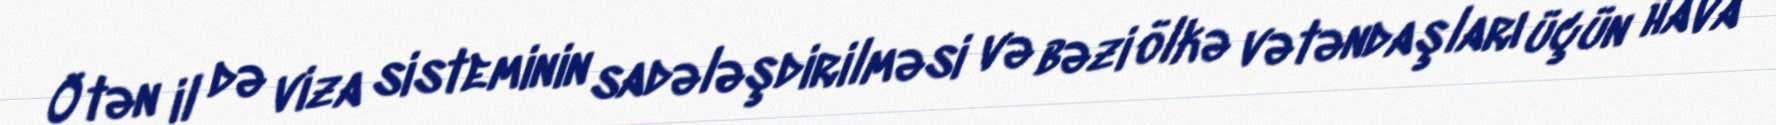
Ötən il də viza sisteminin sadələşdirilməsi və bəzi ölkə vətəndaşları üçün hava